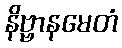
နိဗ္ဗာနမေတံ